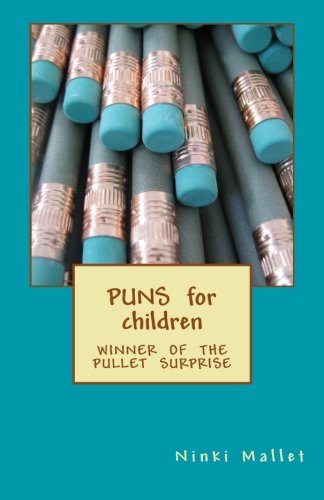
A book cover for Puns for Children: Winner of the Pullet Surprise; Ninki Mallet; Humor & Entertainment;